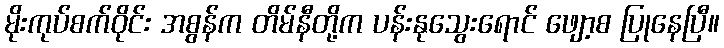
မိုးကုပ်စက်ဝိုင်း အစွန်က တိမ်နီတို့က ပန်းနုသွေးရောင် ဖျော့စ ပြုနေပြီ။